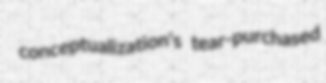
conceptualization's tear-purchased